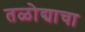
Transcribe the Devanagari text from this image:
तळोद्याचा